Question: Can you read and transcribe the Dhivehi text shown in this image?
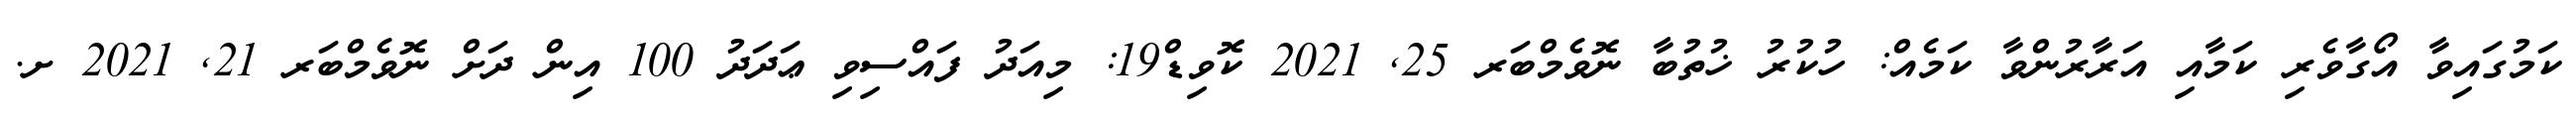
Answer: ކަމުގައިވާ އޯގާވެރި ކަމާއި އަރާރުންވާ ކަމެއް: ހުކުރު ޚުތުބާ ނޮވެމްބަރ 25, 2021 ކޮވިޑް19: މިއަދު ފައްސިވި ޢަދަދު 100 އިން ދަށް ނޮވެމްބަރ 21, 2021 ށ.